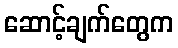
ဆောင့်ချက်တွေက